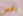
بعض